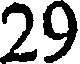
29